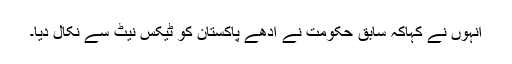
انہوں نے کہاکہ سابق حکومت نے آدھے پاکستان کو ٹیکس نیٹ سے نکال دیا۔